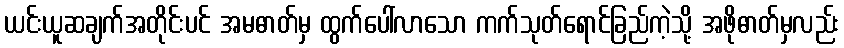
ယင်းယူဆချက်အတိုင်းပင် အမဓာတ်မှ ထွက်ပေါ်လာသော ကက်သုတ်ရောင်ခြည်ကဲ့သို့ အဖိုဓာတ်မှလည်း